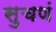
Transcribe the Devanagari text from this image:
सुचणं